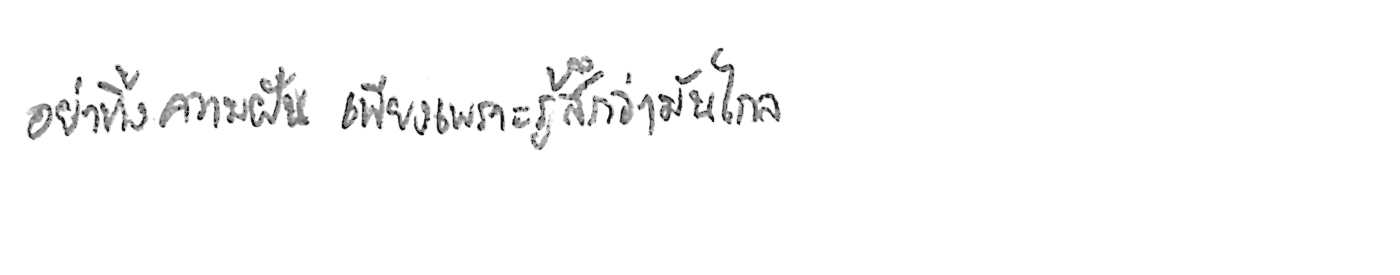
อย่าทิ้งความฝัน เพียงเพราะรู้สึกว่ามันไกล